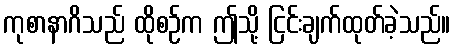
ကုစာနာဂိသည် ထိုစဉ်က ဤသို့ ငြင်းချက်ထုတ်ခဲ့သည်။